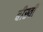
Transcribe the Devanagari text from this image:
बीस्वीं